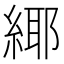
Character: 𦂫